Indian journal of veterinary science and animal husbandry - Volume 14,
Year: 1944
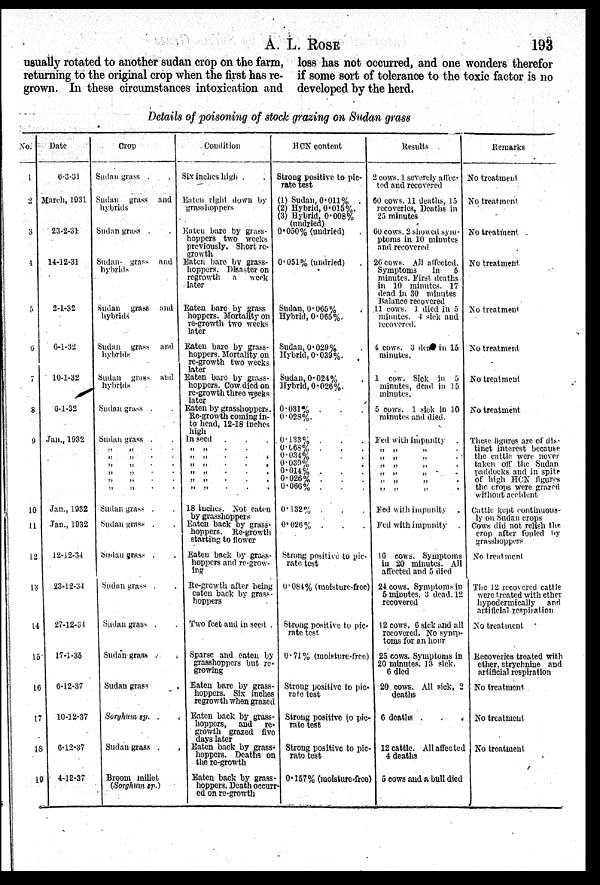
A. L.
ROSE
193
usually rotated to another sudan crop on the farm,
returning to the original crop when the first has re-
grown. In these circumstances intoxication and
loss has not occurred, and one wonders therefor
if some sort of tolerance to the toxic factor is no
developed by the herd.
Details of poisoning of stock grazing on Sudan grass
No.
1
2
3
1
5
6
7
8
9
10
11
12
13
14
15
16
17
18
19
Date
6-3-31
March, 1931
23-2-31
14-12-31
2-1-32
6-1-32
10-1-32
6-1-32
Jan., 1932
Jan., 1932
Jan., 1932
12-12-34
23-12-34
27-12-34
17-1-35
6-12-37
10-12-37
6-12-37
4-12-37
Crop
Sudan grass . .
Sudan grass and
hybrids
Sudan grass . .
Sudan grass and
hybrids
Sudan grass and
hybrids
Sudan grass and
hybrids
Sudan grass and
hybrids
Sudan grass . .
Sudan grass . .
„ „ . .
„ „ . .
„ „ . .
„ „ . .
„ „ . .
„ „ . .
Sudan grass . .
Sudan grass . .
Sudan grass . .
Sudan grass . .
Sudan grass . .
Sudan grass . .
Sudan grass .
Sorghum sp. . .
Sudan grass . .
Broom millet
(Sorghum sp.)
Condition
Six inches high . .
Eaten right down by
grasshoppers
Eaten bare by grass-
hoppers two weeks
previously. Short re-
growth
Eaten bare by grass-
hoppers. Disaster on
regrowth
a
week
later
Eaten bare by grass
hoppers. Mortality on
re-growth two weeks
later
Eaten bare by grass-
hoppers. Mortality on
re-growth two weeks
later
Eaten bare by grass-
hoppers. Cow died on
re-growth three weeks
later
Eaten by grasshoppers.
Re-growth coming in-
to head, 12-18 inches
high
In seed . . .
„ „ . . .
„ „ . . .
„ „ . . .
„ „ . . .
„ „ . . .
„ „ . . .
18 inches. Not eaten
by grasshoppers
Eaten back by grass-
hoppers. Re-growth
starting to flower
Eaten back by grass-
hoppers and re-grow-
ing
Re-growth after being
eaten back by grass-
hoppers
Two feet and in seed .
Sparse and eaten by
grasshoppers but re-
growing
Eaten bare by grass-
hoppers. Six inches
regrowth when grazed
Eaten back by grass-
hoppers,
and
re-
growth grazed five
days later
Eaten back by grass-
hoppers. Deaths on
the re-growth
Eaten back by grass
hoppers. Death occur-
ed on re-growth
HCN content
Strong positive to pic-
rate test
(1) Sudan, 0.011%
(2) Hybrid, 0.015%.
(3) Hybrid. 0.008%
(undried)
0.050% (undried) .
0.051% (undried) .
Sudan, 0.065%
Hybrid, 0.065%.
Sudan, 0.029%
Hybrid, 0.039%.
Sudan, 0.024%
Hybrid, 0.026%.
0.031% . . .
0.028%.
0.133% . . .
0.068% . . .
0.034% . . .
0.039% . . .
0.014% . . .
0.026% . . .
0.066% . . .
0.132% . . .
0.026% . . .
Strong positive to pic-
rate test
0.084% (moisture-free)
Strong positive to pic-
rate test.
0.71% (moisture-free)
Strong positive to pic-
rate test
Strong positive to pic-
rate test
Strong positive to pic-
rate test
0.157% (moisture-free)
Results
2 cows. 1 severely affec-
ted and recovered
60 cows. 11 deaths, 15
recoveries, Deaths in
25 minutes
60 cows. 2 showed sym-
ptoms in 10 minutes
and recovered
26 cows. All affected.
Symptoms
in
5
minutes. First deaths
in 10 minutes. 17
dead in 30 minutes
Balance recovered
11 cows. 1 died in 5
minutes. 4 sick and
recovered.
4 cows. 3 dead in 15
minutes.
1 cow. Sick in 5
minutes, dead in 15
minutes.
5 cows. 1 sick in 10
minutes and died.
Fed with impunity .
„ „ „ .
„ „ „ .
„ „ „ .
„ „ „ .
„ „ „ .
„ „ „ .
fed with impunity
.
Fed with impunity .
16 cows. Symptoms
in 20 minutes. All
affected and 5 died
24 cows. Symptoms in
5 minutes, 3 dead. 12
recovered
12 cows. 6 sick and all
recovered. No symp-
toms for an hour
25 cows. Symptoms in
20 minutes, 13 sick.
6 died
20 cows. All sick, 2
deaths
6 deaths . . .
12 cattle. All affected
4 deaths
5 cows and a bull died
Remarks
No treatment
No treatment
No treatment
No treatment
No treatment
No treatment
No treatment
No treatment
These figures are of dis-
tinct interest because
the cattle were never
taken off the Sudan
paddocks and in spite
of high HCN figures
the crops were grazed
without accident
Cattle, kept continuous-
ly on Sudan crops
Cows did not relish the
crop after fouled by
grasshoppers
No treatment
The 12 recovered cattle
were treated with ether
hypodermically
and
artificial respiration
No treatment
Recoveries treated with
ether, strychnine and
artificial respiration
No treatment
No treatment
No treatment